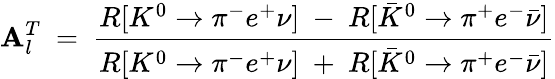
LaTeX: \mathbf{A}_{l}^{T}\ =\ \frac{{R[K^{0}\to\pi^{-}e^{+}\nu]\ -\ R[\bar{{K}}^{0}\to\pi^{+}e^{-}\bar{{\nu}}]}}{{R[K^{0}\to\pi^{-}e^{+}\nu]\ +\ R[\bar{{K}}^{0}\to\pi^{+}e^{-}\bar{{\nu}}]}}